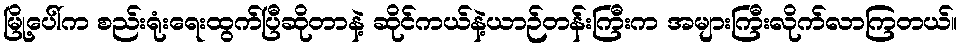
မြို့ပေါ်က စည်းရုံးရေးထွက်ပြီဆိုတာနဲ့ ဆိုင်ကယ်နဲ့ယာဉ်တန်းကြီးက အများကြီးလိုက်လာကြတယ်။